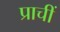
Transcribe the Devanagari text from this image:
प्राचीं